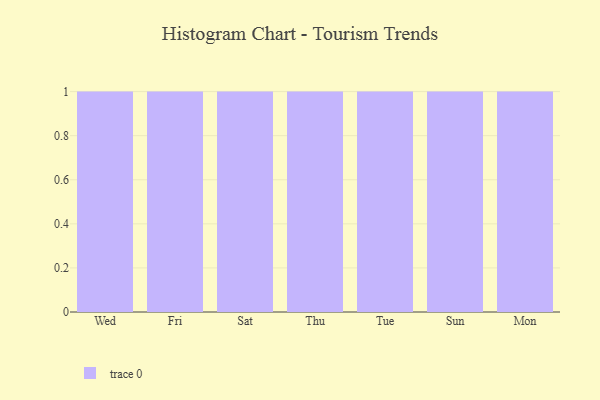
{"axis": {"x": "Day", "y": "Energy Usage (MWh)"}, "legend": [""], "data": [{"x": "Wed", "y": 6, "type": ""}, {"x": "Fri", "y": 95, "type": ""}, {"x": "Sat", "y": 64, "type": ""}, {"x": "Thu", "y": 21, "type": ""}, {"x": "Tue", "y": 30, "type": ""}, {"x": "Sun", "y": 71, "type": ""}, {"x": "Mon", "y": 34, "type": ""}]}